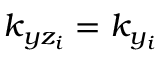
k _ { y z _ { i } } = k _ { y _ { i } }